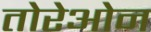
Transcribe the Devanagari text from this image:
तोरेओन